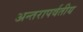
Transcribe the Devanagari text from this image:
अन्तरापर्वतीय